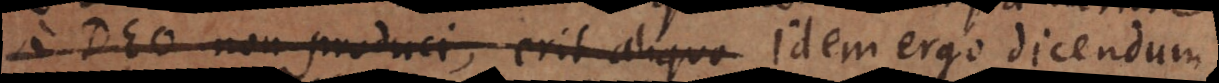
a Deo non produci, erit aliquo Idem ergo dicendum